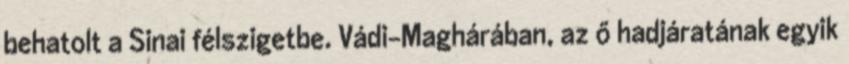
behatolt a Sinai félszigetbe. Vádi-Maghárában, az ő hadjáratának egyik